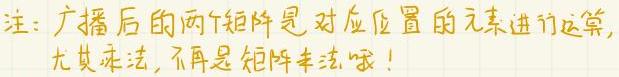
注：广播后的两个矩阵是对应位置的元素进行运算, 尤其乘法, 不再是矩阵乘法哦！